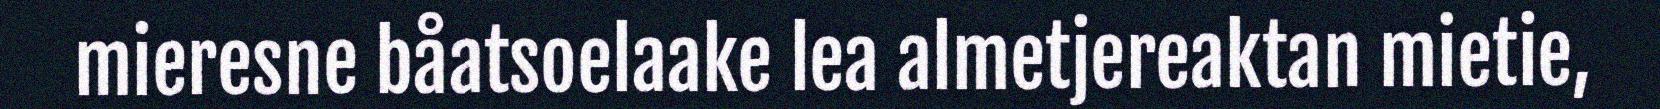
mieresne båatsoelaake lea almetjereaktan mietie,